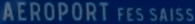
AEROPORT-FES-SAISS